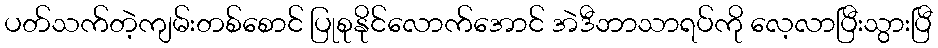
ပတ်သက်တဲ့ကျမ်းတစ်စောင် ပြုစုနိုင်လောက်အောင် အဲဒီဘာသာရပ်ကို လေ့လာပြီးသွားပြီ